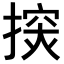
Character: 𢲘